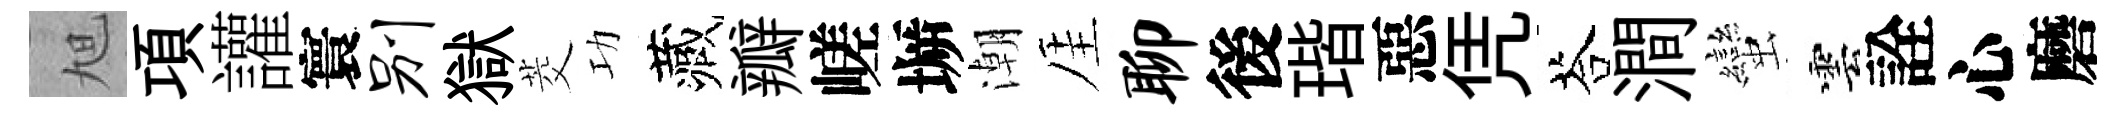
旭項讙寰别獄茭功藏瓣嵯󶱲潮厓聊後瑎惡凭荅澗蠻雲詮心磨